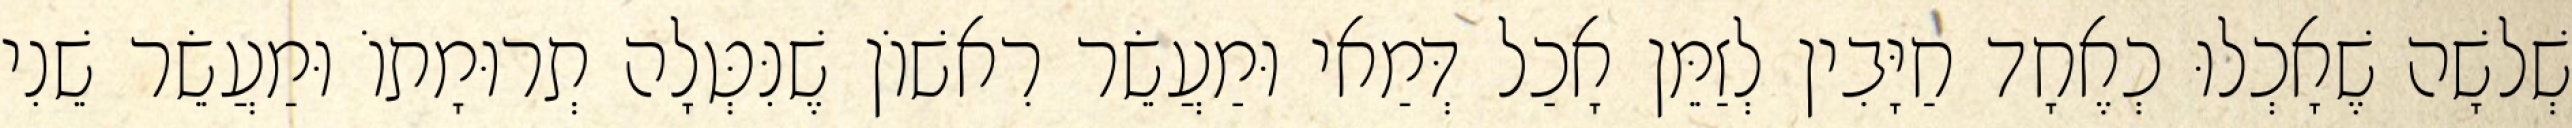
שְׁלשָׁה שֶׁאָכְלוּ כְאֶחָד חַיָּבִין לְזַמֵּן אָכַל דְּמַאי וּמַעֲשֵׂר רִאשׁוֹן שֶׁנִּטְּלָה תְרוּמָתוֹ וּמַעֲשֵׂר שֵׁנִי